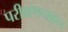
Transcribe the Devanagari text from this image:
परीक्षणयकृत